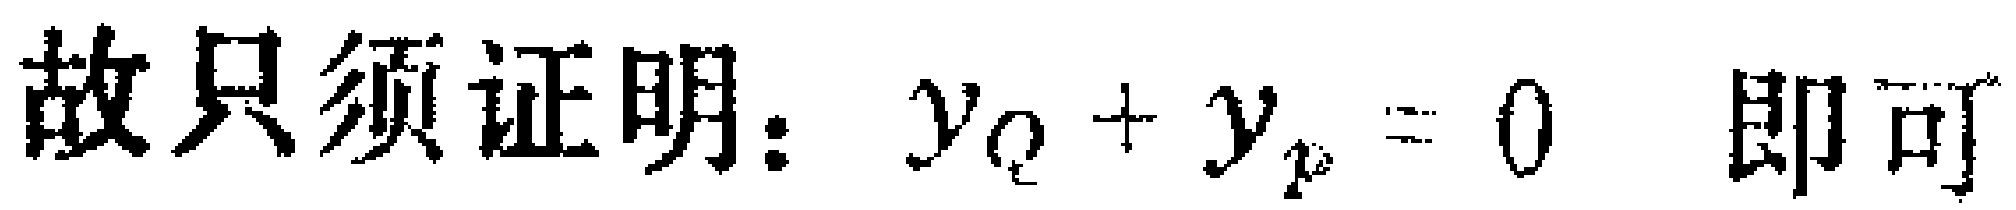
故只须证明：$y_{Q}+y_{P}=0$ 即可